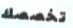
تخصصك